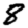
Digit: 8